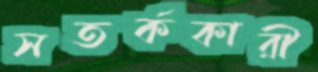
সতর্ককারী